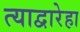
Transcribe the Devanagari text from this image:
त्याद्वारेहा